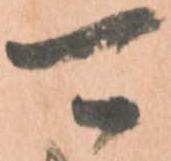
可